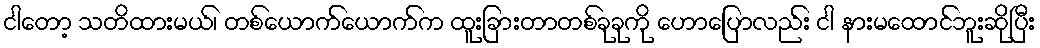
ငါတော့ သတိထားမယ်၊ တစ်ယောက်ယောက်က ထူးခြားတာတစ်ခုခုကို ဟောပြောလည်း ငါ နားမထောင်ဘူးဆိုပြီး